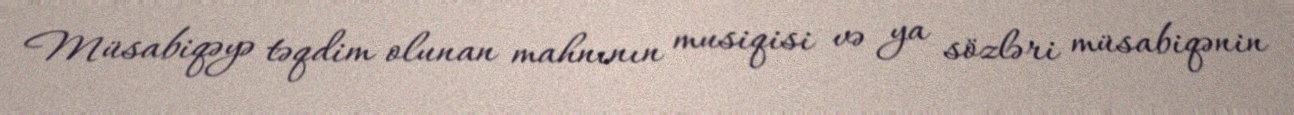
Müsabiqəyə təqdim olunan mahnının musiqisi və ya sözləri müsabiqənin